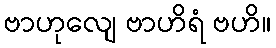
ဗာဟုလျေ ဗာဟိရံ ဗဟိ။